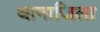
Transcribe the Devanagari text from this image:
थानाजिला